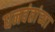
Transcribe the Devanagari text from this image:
धनवंतांच्या